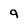
Character: 9